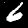
Label: 6